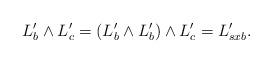
LaTeX: \begin{align*}L'_{b} \wedge L'_{c} = (L'_{b} \wedge L'_{b}) \wedge L'_{c} = L'_{sxb}.\end{align*}